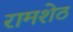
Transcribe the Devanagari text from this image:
रामशेठ